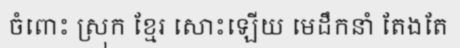
ចំពោះ ស្រុក ខ្មែរ សោះឡើយ មេដឹកនាំ តែងតែ